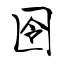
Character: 囹